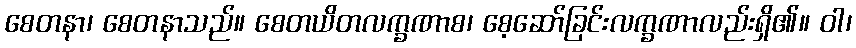
စေတနာ၊ စေတနာသည်။ စေတယိတလက္ခဏာစ၊ စေ့ဆော်ခြင်းလက္ခဏာလည်းရှိ၏။ ဝါ၊